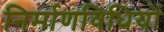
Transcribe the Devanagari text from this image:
निर्माणविधियों